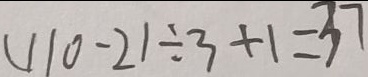
( 1 1 0 - 2 ) \div 3 + 1 = 3 7